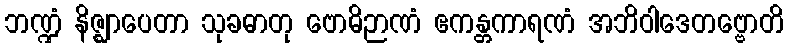
ဘဏ္ဍံ နိဇ္ဈာပေတာ သုခဓာတု ဗောဓိဉာဏံ ဧကန္တကာရဏံ အဘိဝါဒေတဗ္ဗောတိ